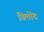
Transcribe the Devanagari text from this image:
बिलोंद